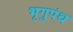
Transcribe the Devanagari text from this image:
भृगुपंथ